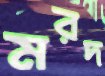
মরদ